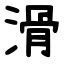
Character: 滑